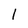
Character: l